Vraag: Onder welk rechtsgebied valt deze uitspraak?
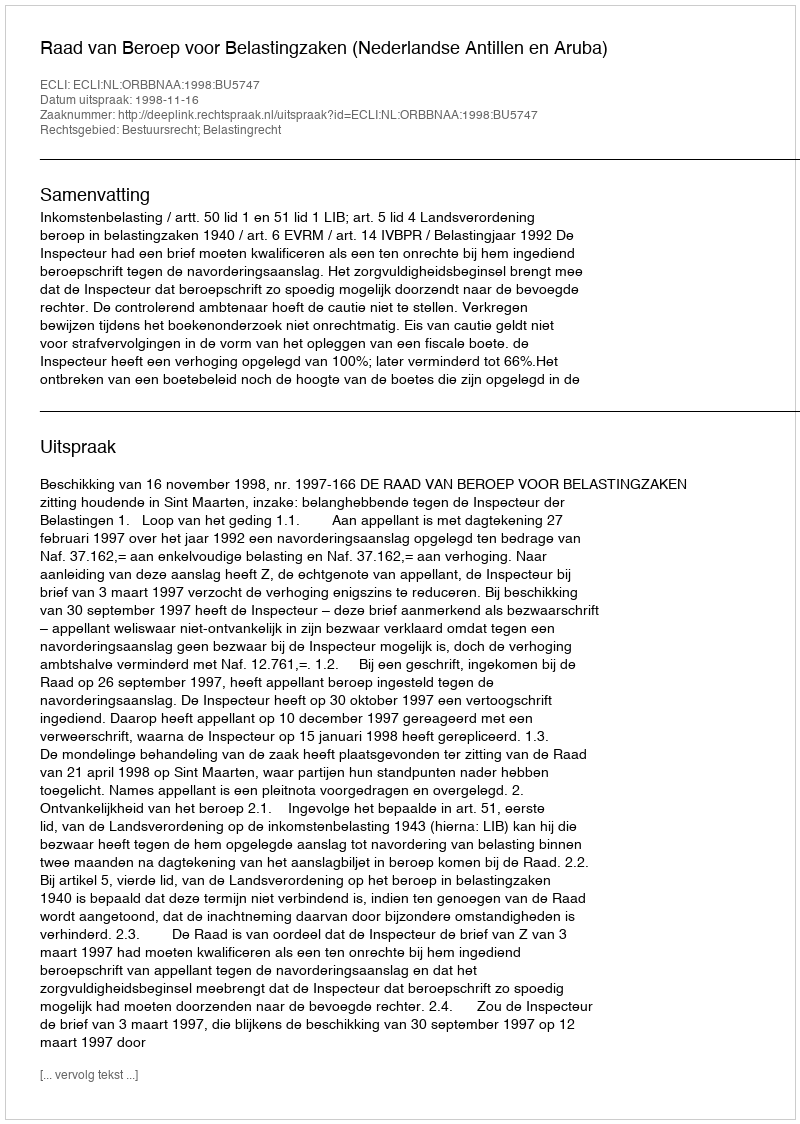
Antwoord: Bestuursrecht; Belastingrecht